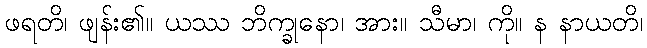
ဖရတိ၊ ဖျန်း၏။ ယဿ ဘိက္ခုနော၊ အား။ သီမာ၊ ကို။ န နာယတိ၊